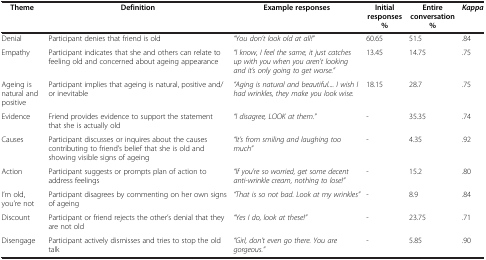
<table><thead><tr><td><b>Theme</b></td><td><b>Definition</b></td><td><b>Example responses</b></td><td><b>Initial responses %</b></td><td><b>Entire conversation %</b></td><td><b><i>Kappa</i></b></td></tr></thead><tbody><tr><td>Denial</td><td>Participant denies that friend is old</td><td><i>“You don’t look old at all!”</i></td><td>60.65</td><td>51.5</td><td>.84</td></tr><tr><td>Empathy</td><td>Participant indicates that she and others can relate to feeling old and concerned about ageing appearance</td><td><i>“I know, I feel the same, it just catches up with you when you aren’t looking and it’s only going to get worse.”</i></td><td>13.45</td><td>14.75</td><td>.75</td></tr><tr><td>Ageing is natural and positive</td><td>Participant implies that ageing is natural, positive and/or inevitable</td><td><i>“Aging is natural and beautiful.... I wish I had wrinkles, they make you look wise.</i></td><td>18.15</td><td>28.7</td><td>.75</td></tr><tr><td>Evidence</td><td>Friend provides evidence to support the statement that she is actually old</td><td><i>“I disagree, LOOK at them.”</i></td><td>-</td><td>35.35</td><td>.74</td></tr><tr><td>Causes</td><td>Participant discusses or inquires about the causes contributing to friend’s belief that she is old and showing visible signs of ageing</td><td><i>“It’s from smiling and laughing too much”</i></td><td>-</td><td>4.35</td><td>.92</td></tr><tr><td>Action</td><td>Participant suggests or prompts plan of action to address feelings</td><td><i>“If you’re so worried, get some decent anti-wrinkle cream, nothing to lose!”</i></td><td>-</td><td>15.2</td><td>.80</td></tr><tr><td>I’m old, you’re not</td><td>Participant disagrees by commenting on her own signs of ageing</td><td><i>“That is so not bad. Look at my wrinkles”</i></td><td>-</td><td>8.9</td><td>.84</td></tr><tr><td>Discount</td><td>Participant or friend rejects the other’s denial that they are not old</td><td><i>“Yes I do, look at these!”</i></td><td>-</td><td>23.75</td><td>.71</td></tr><tr><td>Disengage</td><td>Participant actively dismisses and tries to stop the old talk</td><td><i>“Girl, don’t even go there. You are gorgeous.”</i></td><td>-</td><td>5.85</td><td>.90</td></tr></tbody></table>